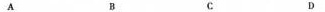
A B C D